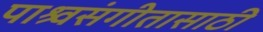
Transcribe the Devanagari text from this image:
पाश्र्वसंगीतासाठी